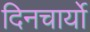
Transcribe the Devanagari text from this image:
दिनचार्यो